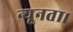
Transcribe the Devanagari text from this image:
न्यूनता।